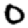
Digit: 0